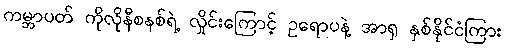
ကမ္ဘာပတ် ကိုလိုနီစနစ်ရဲ့ လှိုင်းကြောင့် ဥရောပနဲ့ အာရှ နှစ်နိုင်ငံကြား